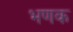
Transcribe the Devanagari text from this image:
भणक